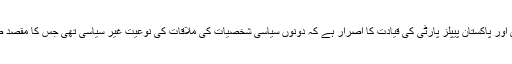
اس بات کا یقین اس لیے بھی ہورہا ہے کہ بلاول زرداری اور پاکستان پیپلز پارٹی کی قیادت کا اصرار ہے کہ دونوں سیاسی شخصیات کی ملاقات کی نوعیت غیر سیاسی تھی جس کا مقصد صرف نواز شریف کی بیماری کے باعث عیادت کرنا تھا۔